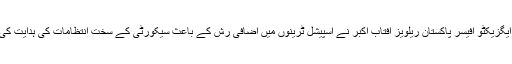
چیف ایگزیکٹو آفیسر پاکستان ریلویز آفتاب اکبر نے اسپیشل ٹرینوں میں اضافی رش کے باعث سیکورٹی کے سخت انتظامات کی ہدایت کی ہے ۔